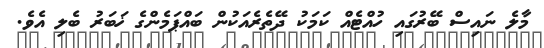
މާލެ ނައިސް ބޭރުގައި ހުއްޓެއް ކަމަކު ދޭތެރެއަކުން ބައްޕަމެންގެ ޚަބަރު ބެލި އެވެ.